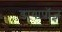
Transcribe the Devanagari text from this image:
डायापॉज